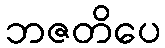
ဘဇတိပေ